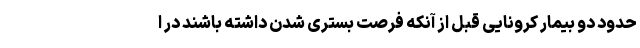
حدود دو بیمار کرونایی قبل از آنکه فرصت بستری شدن داشته باشند در ا